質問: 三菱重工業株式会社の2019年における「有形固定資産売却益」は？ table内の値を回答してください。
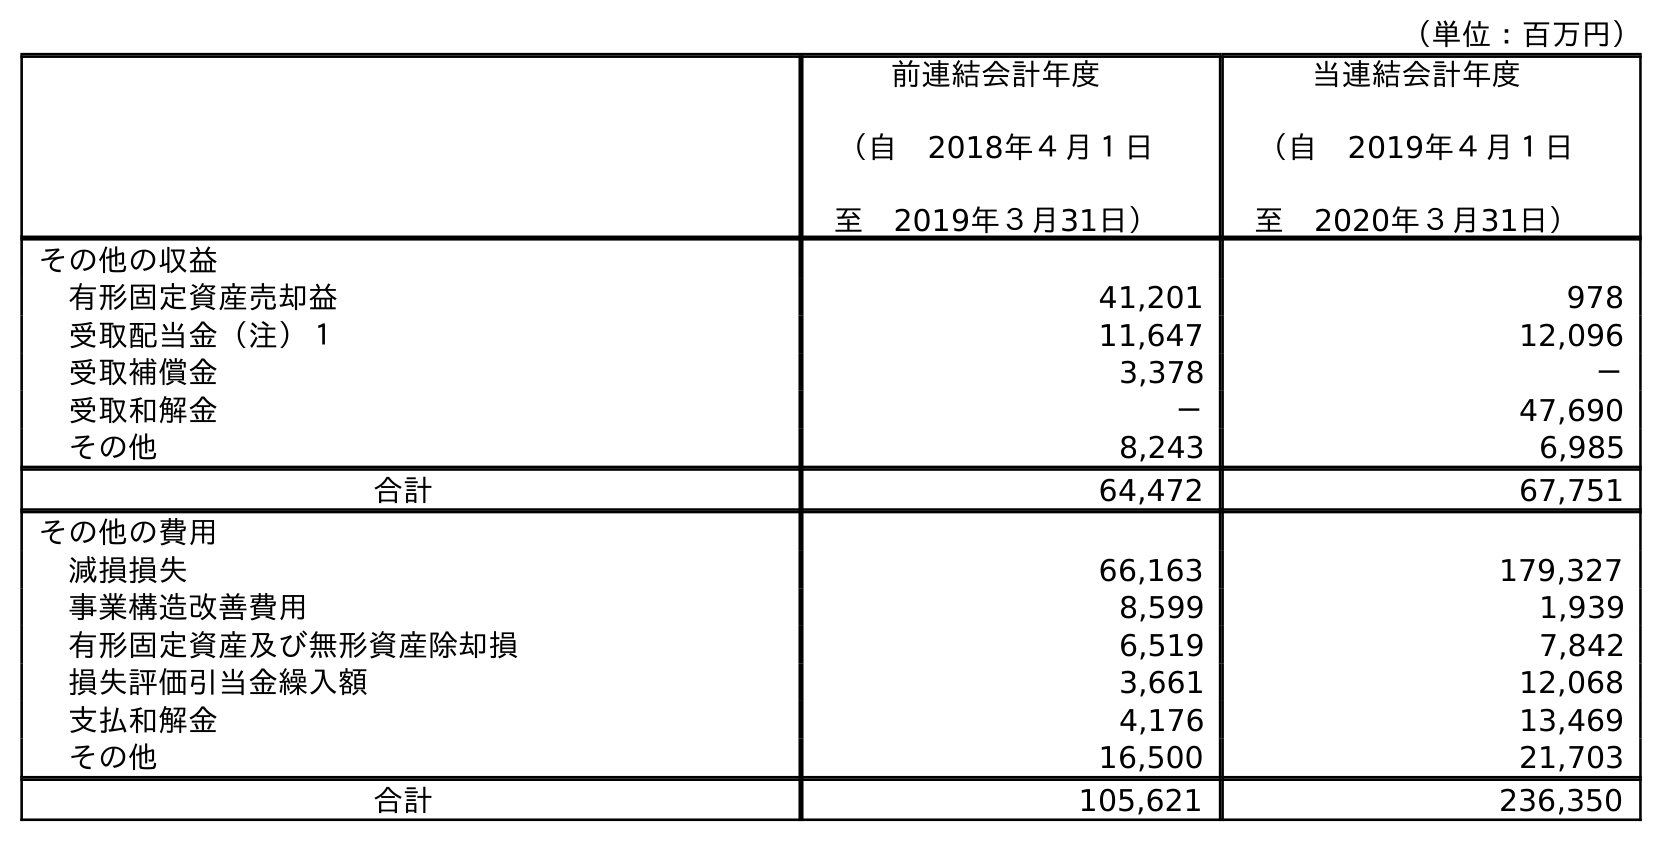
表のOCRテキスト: （単位：百万円） 前連結会計年度 （自 2018年４月１日 至 2019年３月31日） 当連結会計年度 （自 2019年４月１日 至 2020年３月31日） その他の収益 有形固定資産売却益 41,201 978 受取配当金（注）１ 11,647 12,096 受取補償金 3,378 － 受取和解金 － 47,690 その他 8,243 6,985 合計 64,472 67,751 その他の費用 減損損失 66,163 179,327 事業構造改善費用 8,599 1,939 有形固定資産及び無形資産除却損 6,519 7,842 損失評価引当金繰入額 3,661 12,068 支払和解金 4,176 13,469 その他 16,500 21,703 合計 105,621 236,350
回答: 41,201